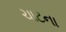
ચાટના